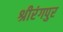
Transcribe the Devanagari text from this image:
श्रीरंगपुर